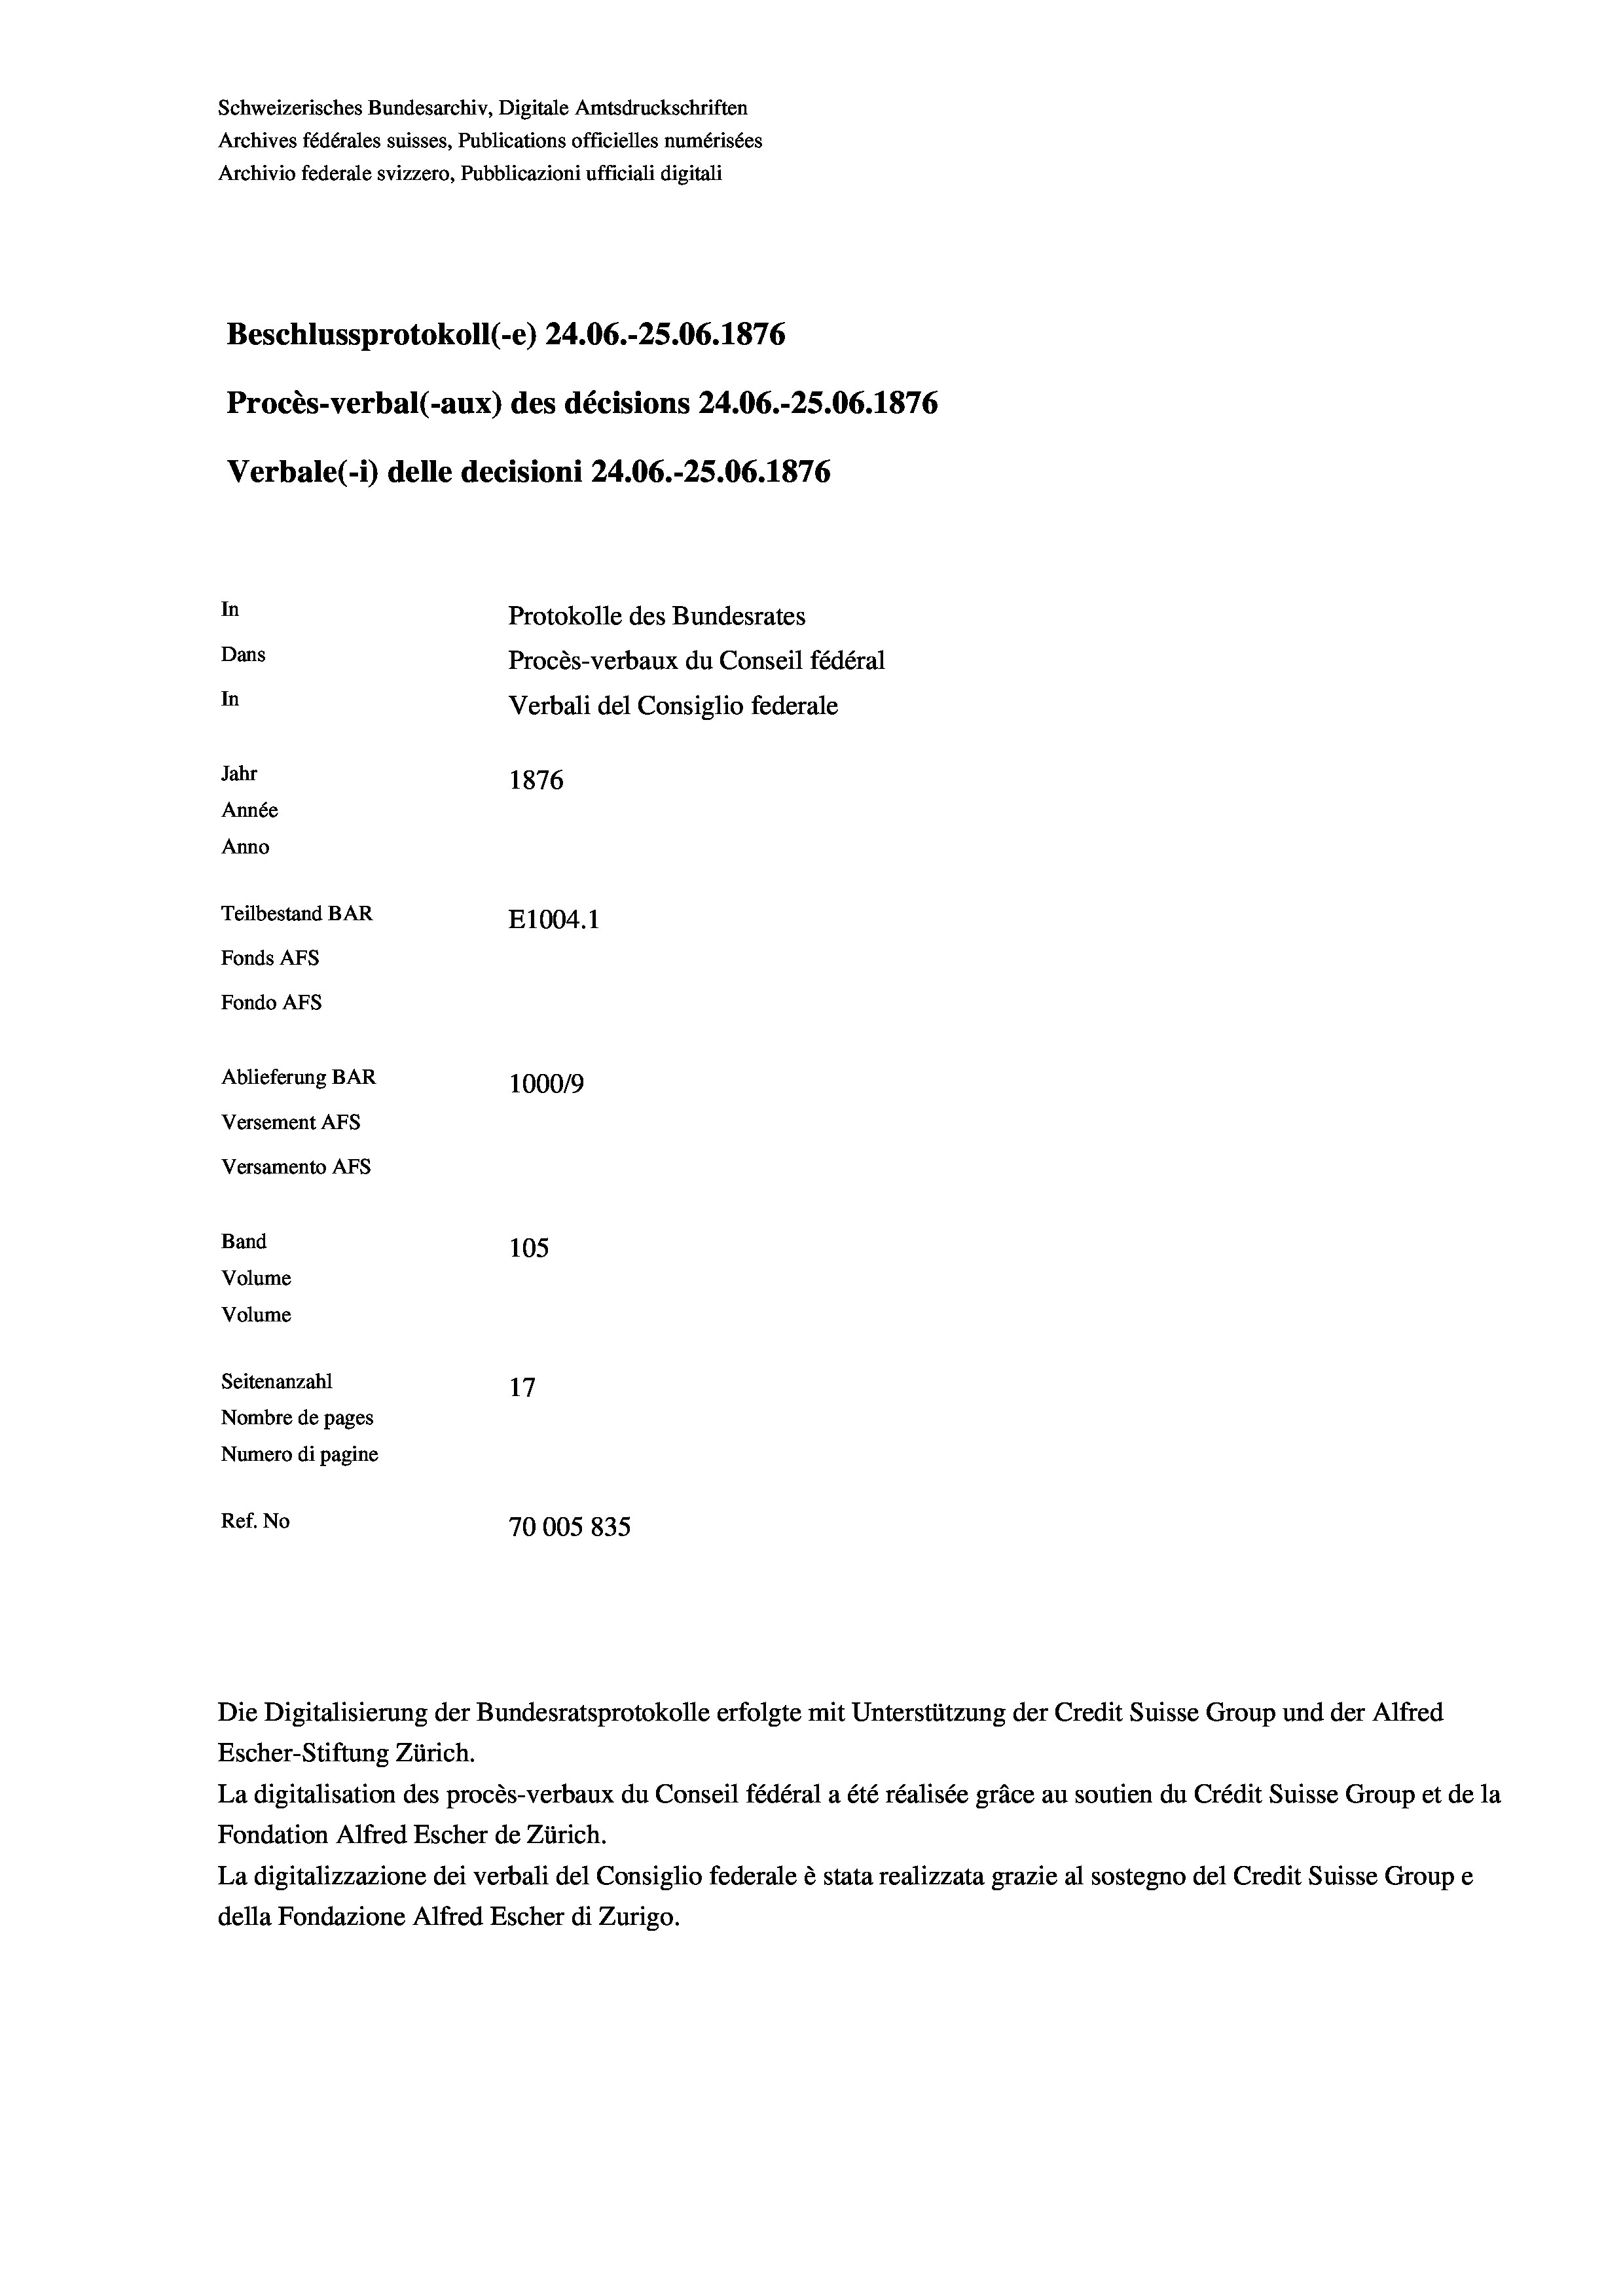
Schweizerisches Bundesarchiv, Digitale Amtsdruckschriften
Archives fédérales suisses, Publications officielles numérisées
Archivio federale svizzero, Pubblicazioni ufficiali digitali
Beschlussprotokoll (-e) 24.06.-25.06. 1876
Procès-verbal (-aux) des décisions 24.06.-25.06. 1876
Verbale(-*) delle decisioni 24.06.-25.06. 1876
In
Protokolle des Bundesrates
Dans
Procès-verbaux du Conseil fédéral
In
Verbali del Consiglio federale
Jahr
1876
Année
Anno
Teilbestand BAR
E1004.1
Fonds AFs
Fondo Afs
Ablieferung BAR
100019
Versement AFs
Versamento AFs
Band
105
Volume
Volume

Seitenanzahl
17
Nombre de pages
Numero di pagine
Ref. No
70005 835

Escher-Stiftung Zürich.
La digitalisation des procès-verbaux du Conseil fédéral a été réalisée gräce au soutien du Crédit Suisse Group et de la
Fondation Alfred Escher de Zürich.
La digitalizzazione dei verbali del Consiglio federale è stata realizzata grazie al sostegno del Credit Suisse Groupe
della Fondazione Alfred Escher di Zurigo.

Die Digitalisierung der Bundesratsprotokolle erfolgte mit Unterstützung der Credit Suisse Group und der Alfred